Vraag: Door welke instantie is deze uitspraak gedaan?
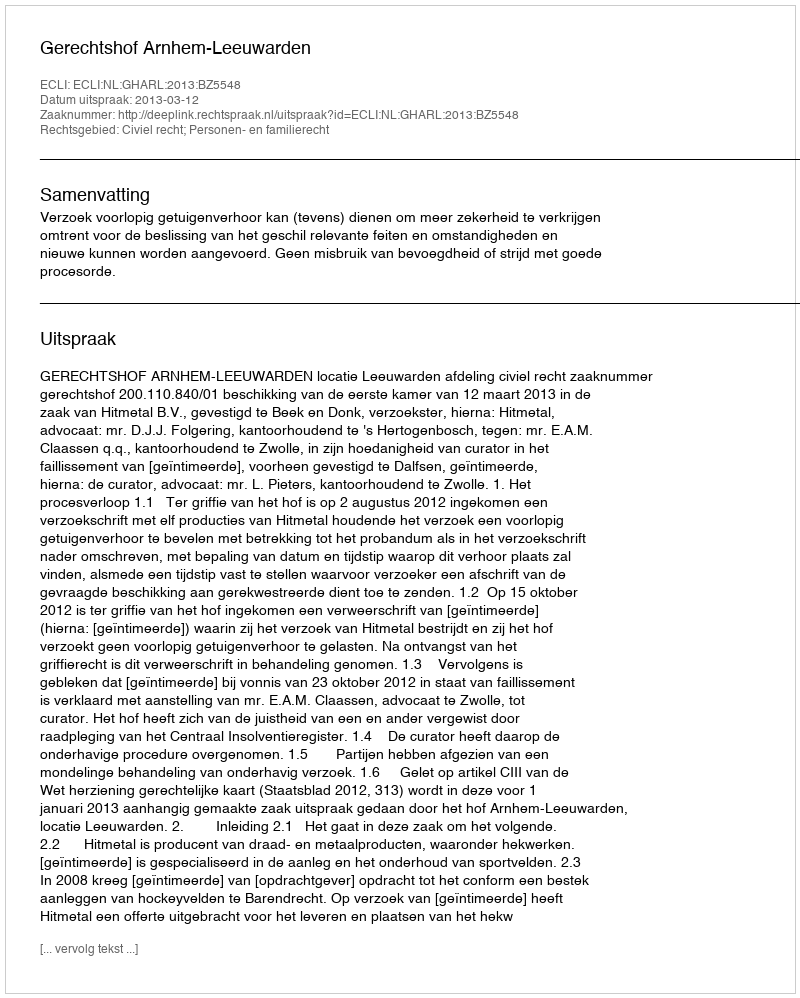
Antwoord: Gerechtshof Arnhem-Leeuwarden